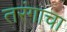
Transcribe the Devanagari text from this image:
तरंगाचा